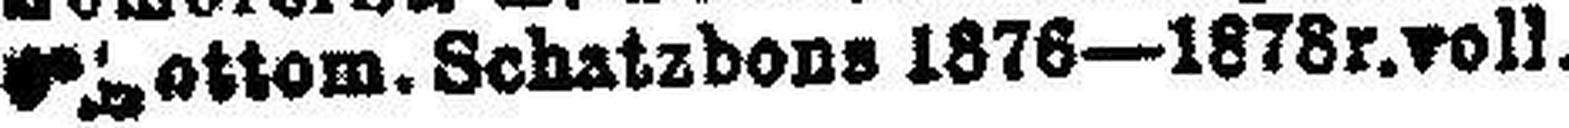
###attom. Schatzbons 1876—1878r.voll.